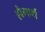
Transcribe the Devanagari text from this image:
हौगार्थ